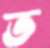
ত